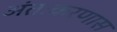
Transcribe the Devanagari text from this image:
अंतःकरणास